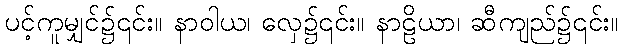
ပင့်ကူမျှင်၌၎င်း။ နာဝါယ၊ လှေ၌၎င်း။ နာဠိယာ၊ ဆီကျည်၌၎င်း။